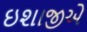
ઇશાજીએ